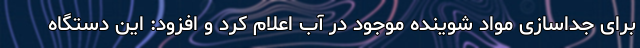
برای جداسازی مواد شوینده موجود در آب اعلام کرد و افزود: این دستگاه